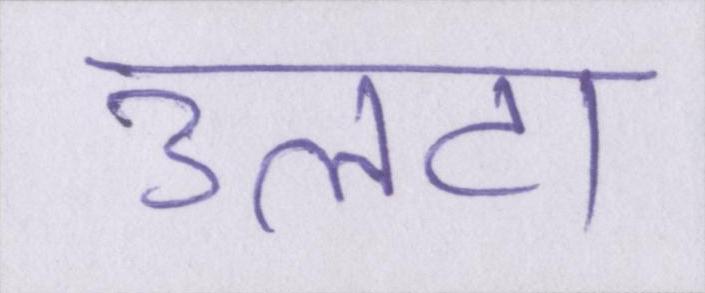
उलटा